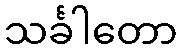
သင်္ခါတော